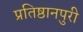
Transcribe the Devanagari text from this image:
प्रतिष्ठानपुरी